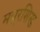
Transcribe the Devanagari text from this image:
मयूरशिख